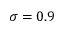
\sigma = 0 . 9